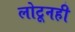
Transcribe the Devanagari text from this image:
लोटूनही